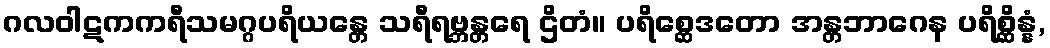
ဂလဝါဋကကရီသမဂ္ဂပရိယန္တေ သရီရဗ္ဘန္တရေ ဌိတံ။ ပရိစ္ဆေဒတော အန္တဘာဂေန ပရိစ္ဆိန္နံ,